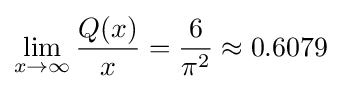
\lim _{x\to \infty }{\frac {Q(x)}{x}}={\frac {6}{\pi ^{2}}}\approx 0.6079